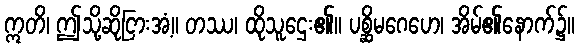
ဣတိ၊ ဤသို့ဆိုငြားအံ့။ တဿ၊ ထိုသူဌေး၏။ ပစ္ဆိမဂေဟေ၊ အိမ်၏နောက်၌။